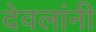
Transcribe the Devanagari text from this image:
देवलांनी